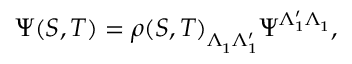
\Psi ( S , T ) = \rho ( S , T ) _ { \Lambda _ { 1 } ^ { \phantom { ' } } \Lambda _ { 1 } ^ { \prime } } \Psi ^ { \Lambda _ { 1 } ^ { \prime } \Lambda _ { 1 } ^ { \phantom { ' } } } ,